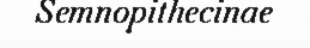
Semnopithecinae